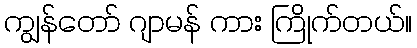
ကျွန်တော် ဂျာမန် ကား ကြိုက်တယ်။